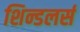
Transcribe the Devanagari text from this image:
शिन्डलर्स